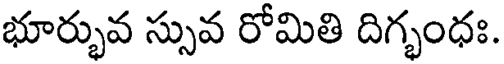
భూర్భువ స్సువ రోమితి దిగ్భంధః.